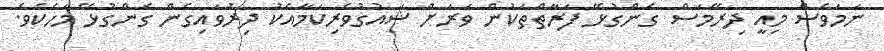
ނަމަވެސް މިއީ ދިރޭމަސް ގެންގުޅޭ ފަރާތްތަކުން ވަރަށް ޝައުގުވެރިކަމާއެކު ދިރުވައިގެން ގެންގުޅޭ މަހެކެވެ.